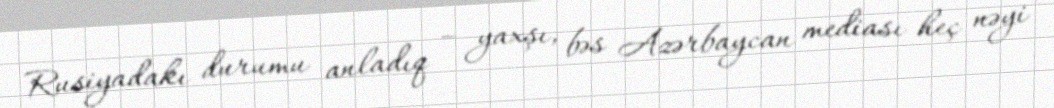
Rusiyadakı durumu anladıq – yaxşı, bəs Azərbaycan mediası heç nəyi